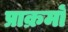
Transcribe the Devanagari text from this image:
प्राक्रमों